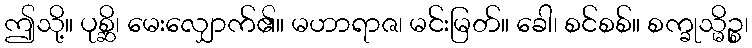
ဤသို့။ ပုစ္ဆိ၊ မေးလျှောက်၏။ မဟာရာဇ၊ မင်းမြတ်။ ခေါ၊ စင်စစ်။ စက္ခုသ္မိဉ္စ၊